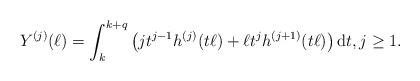
LaTeX: \begin{align*}Y^{(j)}(\ell)=\int_{k}^{k+q}\left(jt^{j-1}h^{(j)}(t\ell)+\ell t^{j}h^{(j+1)}(t\ell)\right)\mathrm{d}t, j \geq 1.\end{align*}